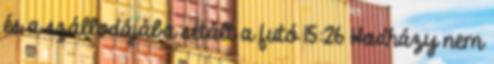
és a szállodájába sétált a futó 15:26 Hadházy nem